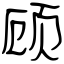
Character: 顾